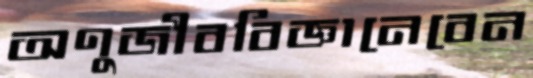
অণুজীববিজ্ঞানেবেন